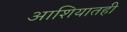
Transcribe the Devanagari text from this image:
आशियातही